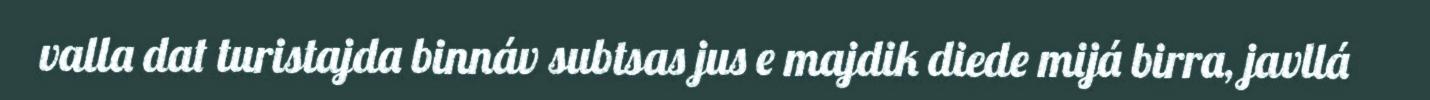
valla dat turistajda binnáv subtsas jus e majdik diede mijá birra, javllá